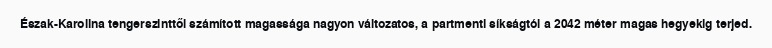
Észak-Karolina tengerszinttől számított magassága nagyon változatos, a partmenti síkságtól a 2042 méter magas hegyekig terjed.